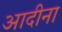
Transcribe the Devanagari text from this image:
आदीना